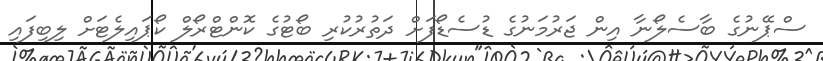
ސްޕޭނުގެ ބާސެލޯނާ އިން ޖަރުމަނުގެ ޑުސެޑޯފަށް ދަތުރުކުރި ބޯޓުގެ ކޮންޓްރޯލް ކޯޕައިލެޓަށް ލިބިފައި